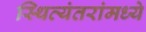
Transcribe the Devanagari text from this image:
स्थित्यंतरांमध्ये